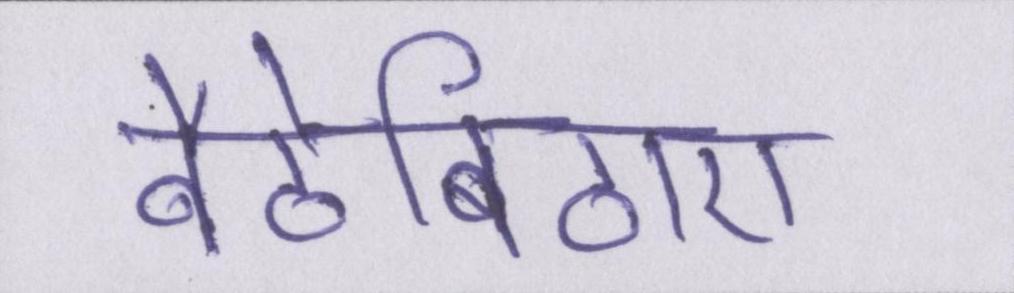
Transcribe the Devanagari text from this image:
बैठेबिठाए